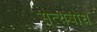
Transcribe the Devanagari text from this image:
सत्यबोध